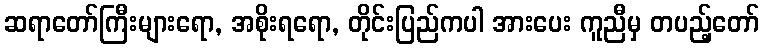
ဆရာတော်ကြီးများရော, အစိုးရရော, တိုင်းပြည်ကပါ အားပေး ကူညီမှ တပည့်တော်